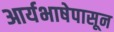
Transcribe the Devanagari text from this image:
आर्यभाषेपासून